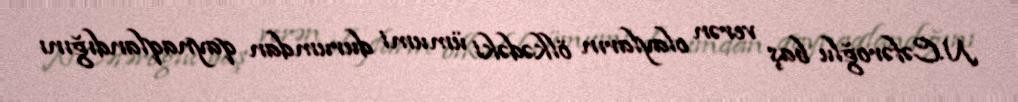
N.Cəfəroğlu baş verən olayların ölkədəki ümumi durumdan qaynaqlandığını